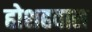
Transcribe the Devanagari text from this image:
होशहवास